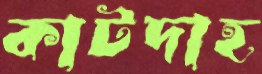
কাটদাহ